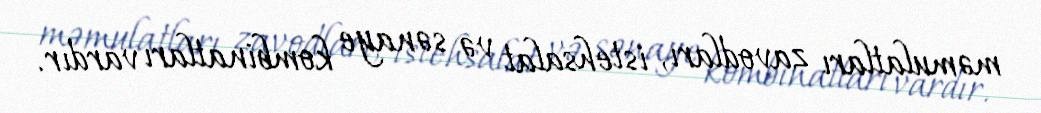
məmulatları zavodları, istehsalat və sənaye kombinatları vardır.